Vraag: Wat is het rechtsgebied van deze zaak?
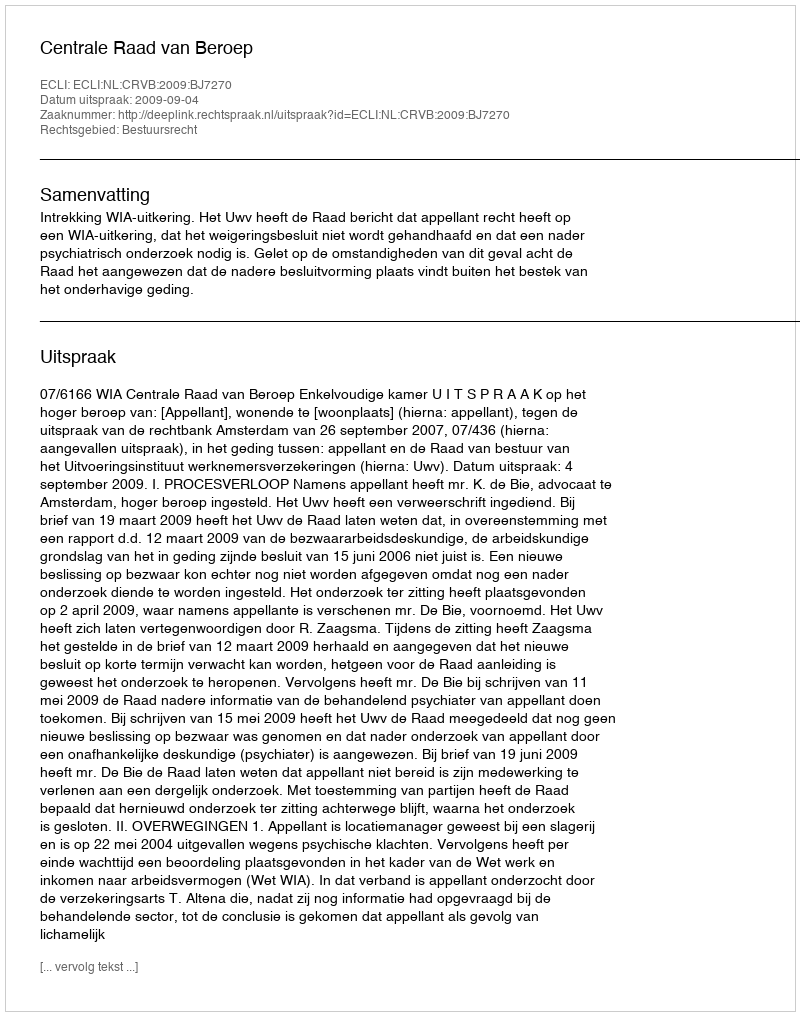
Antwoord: Bestuursrecht